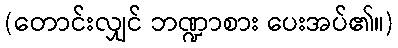
(တောင်းလျှင် ဘဏ္ဍာစား ပေးအပ်၏။)